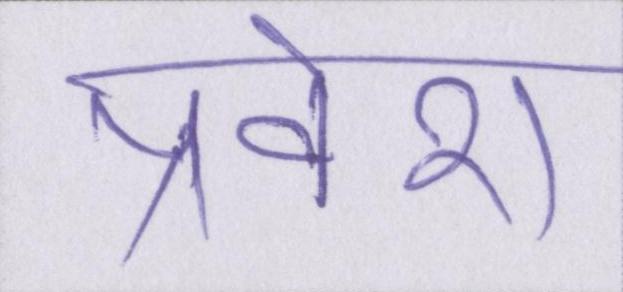
प्रवेश